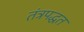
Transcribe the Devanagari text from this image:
तंत्रपद्धत